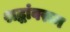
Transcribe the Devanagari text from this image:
श्रद्धांवरून